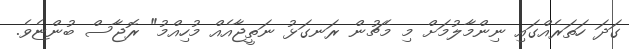
ގަދަ ހަތަރެއްގައި ނިންމާލުމަށް މި މެޗުން ރަނގަޅު ނަތީޖާއެއް މުހިއްމު" ރޮޖާސް ބުންޏެެވެ.